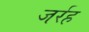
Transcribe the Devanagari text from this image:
जर्रह